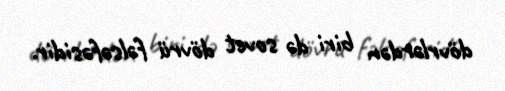
dövrlərdən biri də sovet dövrü fəlsəfəsidir.